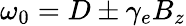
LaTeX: \omega_{0}=D\pm\gamma_{e}B_{z}